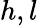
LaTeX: h,l